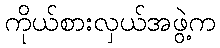
ကိုယ်စားလှယ်အဖွဲ့က